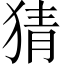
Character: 猜